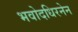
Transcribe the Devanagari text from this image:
भवोदधिरनेन